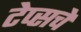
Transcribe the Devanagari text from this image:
टेप्सचे